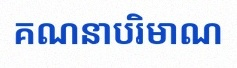
គណនាបរិមាណ